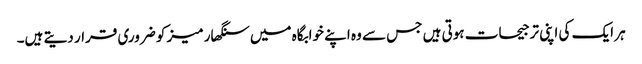
ہر ایک کی اپنی ترجیحات ہوتی ہیں جس سے وہ اپنے خوابگاہ میں سنگھار میز کو ضروری قرار دیتے ہیں۔